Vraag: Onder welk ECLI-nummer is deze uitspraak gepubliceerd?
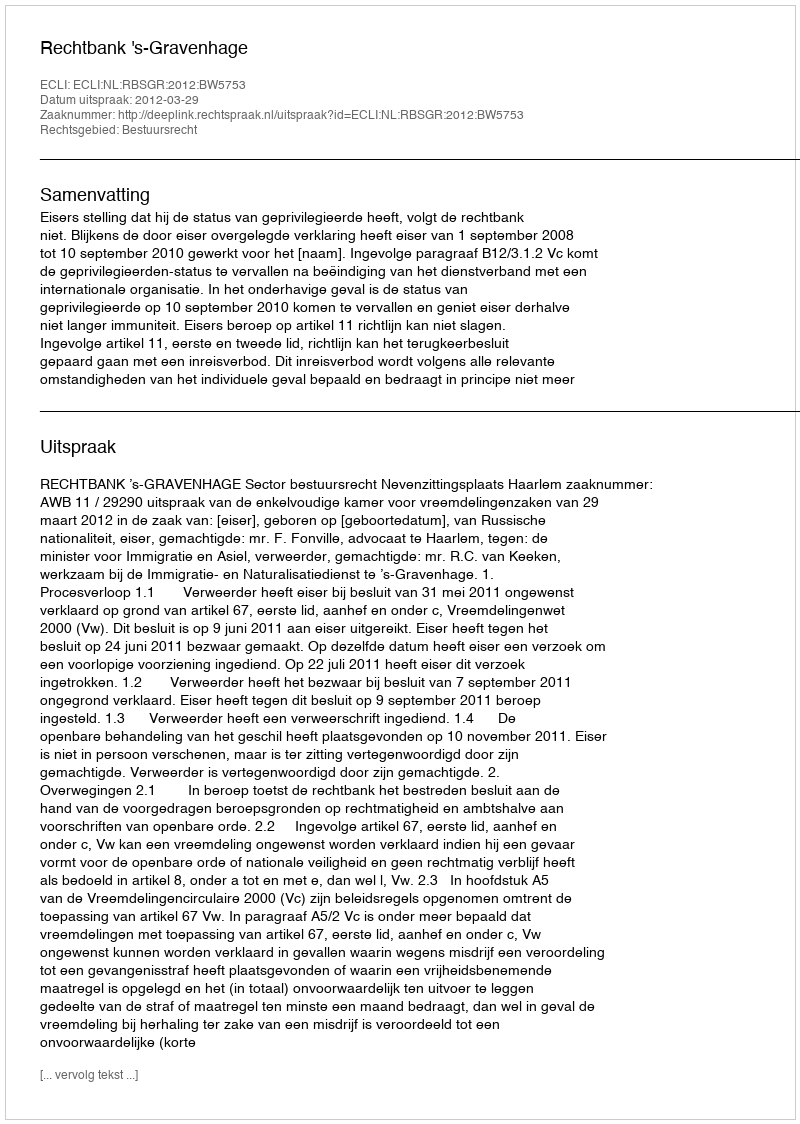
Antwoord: ECLI:NL:RBSGR:2012:BW5753